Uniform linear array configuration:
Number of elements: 8
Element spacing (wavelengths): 0.75
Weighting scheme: binomial
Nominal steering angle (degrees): -60
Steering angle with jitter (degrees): -58.01
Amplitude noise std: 0.05
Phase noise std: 0.05

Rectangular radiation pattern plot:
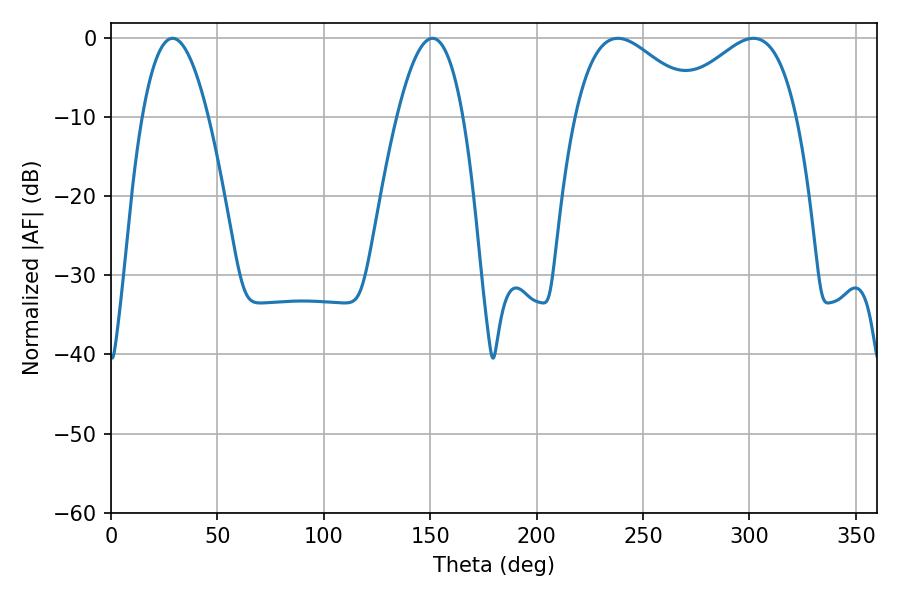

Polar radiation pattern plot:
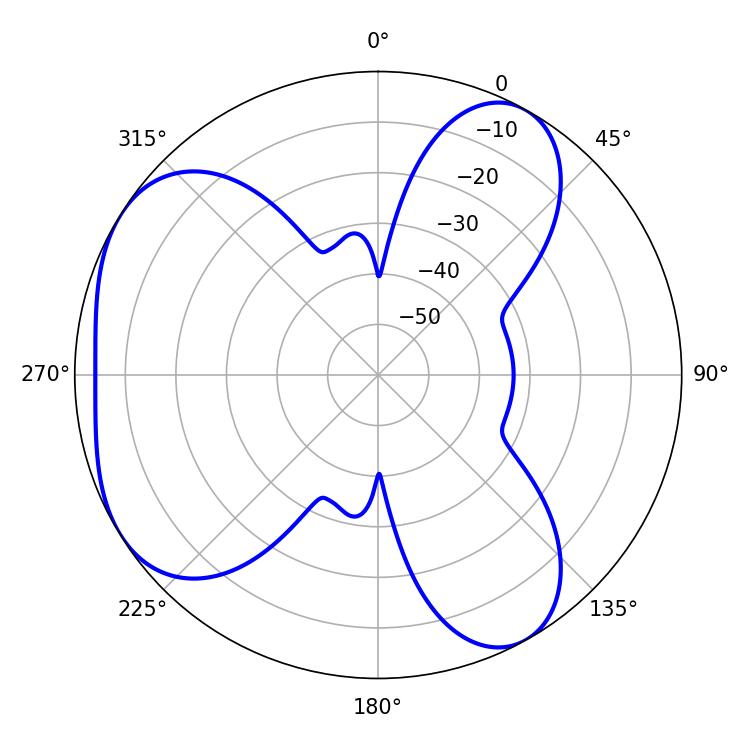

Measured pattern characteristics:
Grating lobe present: TRUE
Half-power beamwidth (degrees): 32.22
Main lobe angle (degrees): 238.14